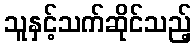
သူနှင့်သက်ဆိုင်သည့်